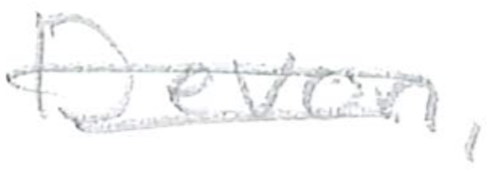
Text: Devon,
Cross-out: double-line
Writing tool: pencil